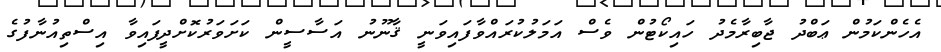
އެހެންކަމުން ޢަބްދު ޖާބިރާމެދު ހައިކޯޓުން ވެސް އަމަލުކުރައްވާފައިވަނީ ޤާނޫނު އަސާސީން ކަށަވަރުކޮށްދީފައިވާ އިސްތިއުނާފުގެ